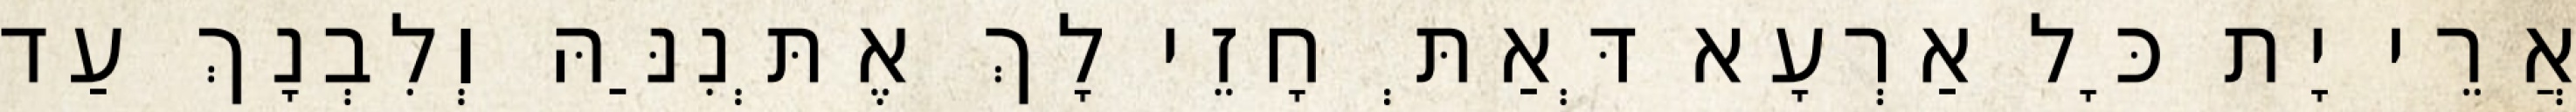
אֲרֵי יָת כָּל אַרְעָא דְּאַתְּ חָזֵי לָךְ אֶתְּנִנַּהּ וְלִבְנָךְ עַד